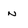
Character: n